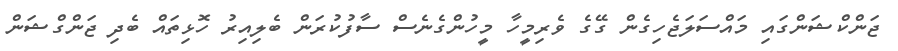
ޖަންކްޝަންގައި މައްސަލަޖެހިގެން ގޭގެ ވެރިމީހާ މީހުންގެނެސް ސާފުކުރަން ބެލިއިރު ހޮޅިތައް ބެދި ޖަންގްޝަން